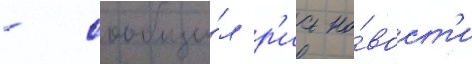
- сообщи́л р'иа но́вост'и